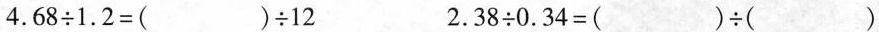
$$4 . 6 8 \div 1 . 2 = ( ) \div 1 2$$ $$2 . 3 8 \div 0 . 3 4 = ( ) \div ( )$$